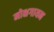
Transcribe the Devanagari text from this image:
मोक्षगायन